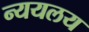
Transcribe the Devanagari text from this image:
न्ययलय